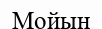
Мойын